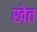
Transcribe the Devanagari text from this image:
ख़ेत